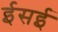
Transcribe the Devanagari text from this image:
ईसई